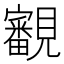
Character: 覾